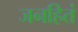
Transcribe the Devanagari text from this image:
जनहितं